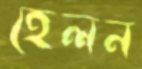
হেলন